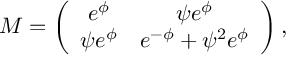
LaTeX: M = \left( \begin{array} { c c } { { e ^ { \phi } } } & { { \psi e ^ { \phi } } } \\ { { \psi e ^ { \phi } } } & { { e ^ { - \phi } + \psi ^ { 2 } e ^ { \phi } } } \end{array} \right) ,